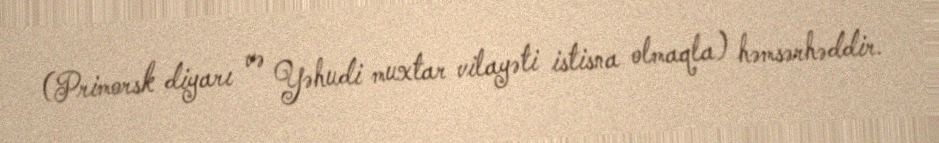
(Primorsk diyarı və Yəhudi muxtar vilayəti istisna olmaqla) həmsərhəddir.